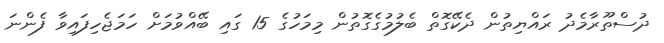
ދުސްތޫރާމެދު ރައްޔިތުން ދެކޭގޮތް ބެލުމުގެގޮތުން މިމަހުގެ 15 ގައި ބޭއްވުމަށް ހަމަޖެހިފައިވާ ފެންނަ